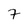
Character: 7